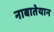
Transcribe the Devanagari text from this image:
नाबातेयान